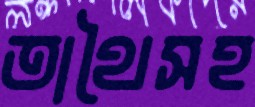
তাথৈসহ